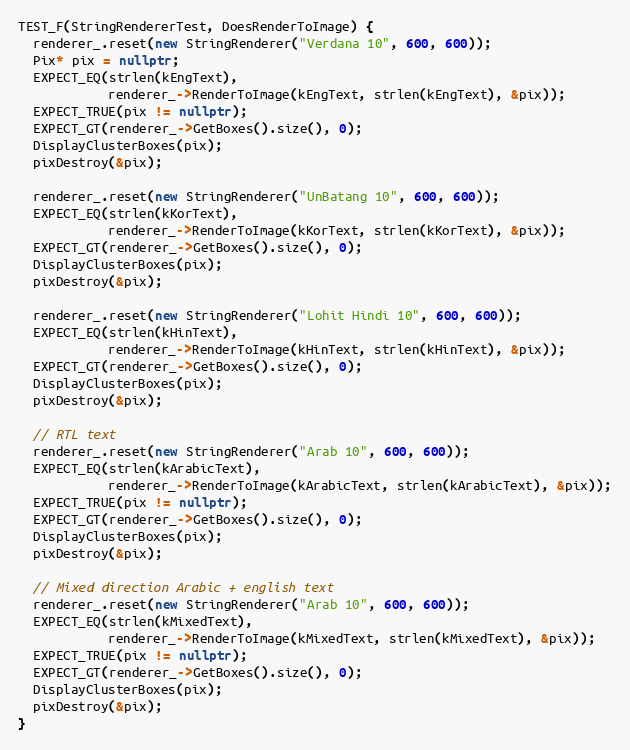
Language: C++
TEST_F(StringRendererTest, DoesRenderToImage) {
  renderer_.reset(new StringRenderer("Verdana 10", 600, 600));
  Pix* pix = nullptr;
  EXPECT_EQ(strlen(kEngText),
            renderer_->RenderToImage(kEngText, strlen(kEngText), &pix));
  EXPECT_TRUE(pix != nullptr);
  EXPECT_GT(renderer_->GetBoxes().size(), 0);
  DisplayClusterBoxes(pix);
  pixDestroy(&pix);

  renderer_.reset(new StringRenderer("UnBatang 10", 600, 600));
  EXPECT_EQ(strlen(kKorText),
            renderer_->RenderToImage(kKorText, strlen(kKorText), &pix));
  EXPECT_GT(renderer_->GetBoxes().size(), 0);
  DisplayClusterBoxes(pix);
  pixDestroy(&pix);

  renderer_.reset(new StringRenderer("Lohit Hindi 10", 600, 600));
  EXPECT_EQ(strlen(kHinText),
            renderer_->RenderToImage(kHinText, strlen(kHinText), &pix));
  EXPECT_GT(renderer_->GetBoxes().size(), 0);
  DisplayClusterBoxes(pix);
  pixDestroy(&pix);

  // RTL text
  renderer_.reset(new StringRenderer("Arab 10", 600, 600));
  EXPECT_EQ(strlen(kArabicText),
            renderer_->RenderToImage(kArabicText, strlen(kArabicText), &pix));
  EXPECT_TRUE(pix != nullptr);
  EXPECT_GT(renderer_->GetBoxes().size(), 0);
  DisplayClusterBoxes(pix);
  pixDestroy(&pix);

  // Mixed direction Arabic + english text
  renderer_.reset(new StringRenderer("Arab 10", 600, 600));
  EXPECT_EQ(strlen(kMixedText),
            renderer_->RenderToImage(kMixedText, strlen(kMixedText), &pix));
  EXPECT_TRUE(pix != nullptr);
  EXPECT_GT(renderer_->GetBoxes().size(), 0);
  DisplayClusterBoxes(pix);
  pixDestroy(&pix);
}